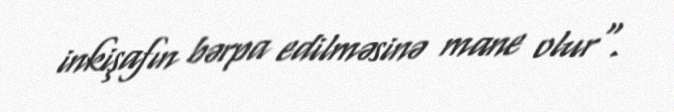
inkişafın bərpa edilməsinə mane olur".